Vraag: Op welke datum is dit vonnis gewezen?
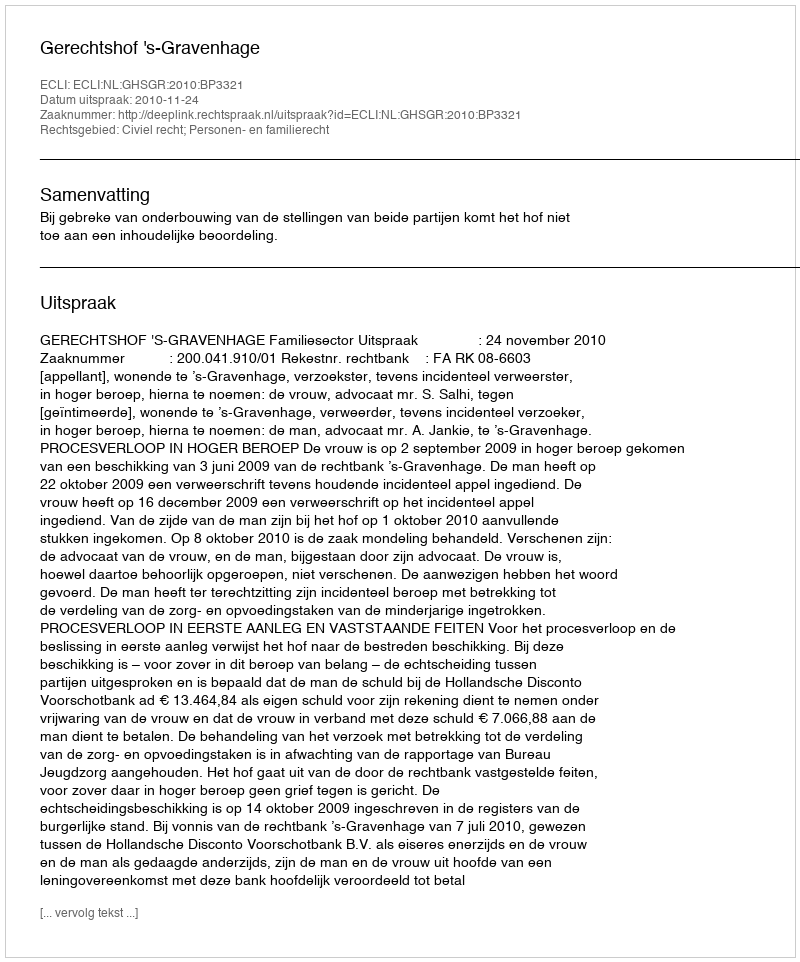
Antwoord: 2010-11-24